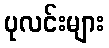
ပုလင်းများ